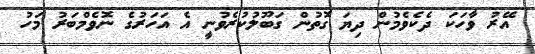
އޭރު ވާހަކަ ދެކެވެމުން ދިޔަ ގޮތުން ގަބޫލުކުރެވުނީ އެ އަހަރުގެ ނޮވެމްބަރު މަހު